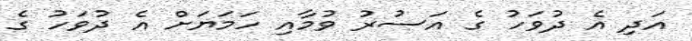
އަދި އެ ދުވަހު ގެ އަސުރު ވުމާއި ހަމަޔަށް އެ ދުވަހު ގެ